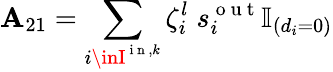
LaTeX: \mathbf{A}_{21}=\sum_{i\inI^{\mathrm{{~i~n~}},k}}\zeta_{i}^{l}\; s_{i}^{\mathrm{{~o~u~t~}}}\mathbb{{I}}_{(d_{i}=0)}